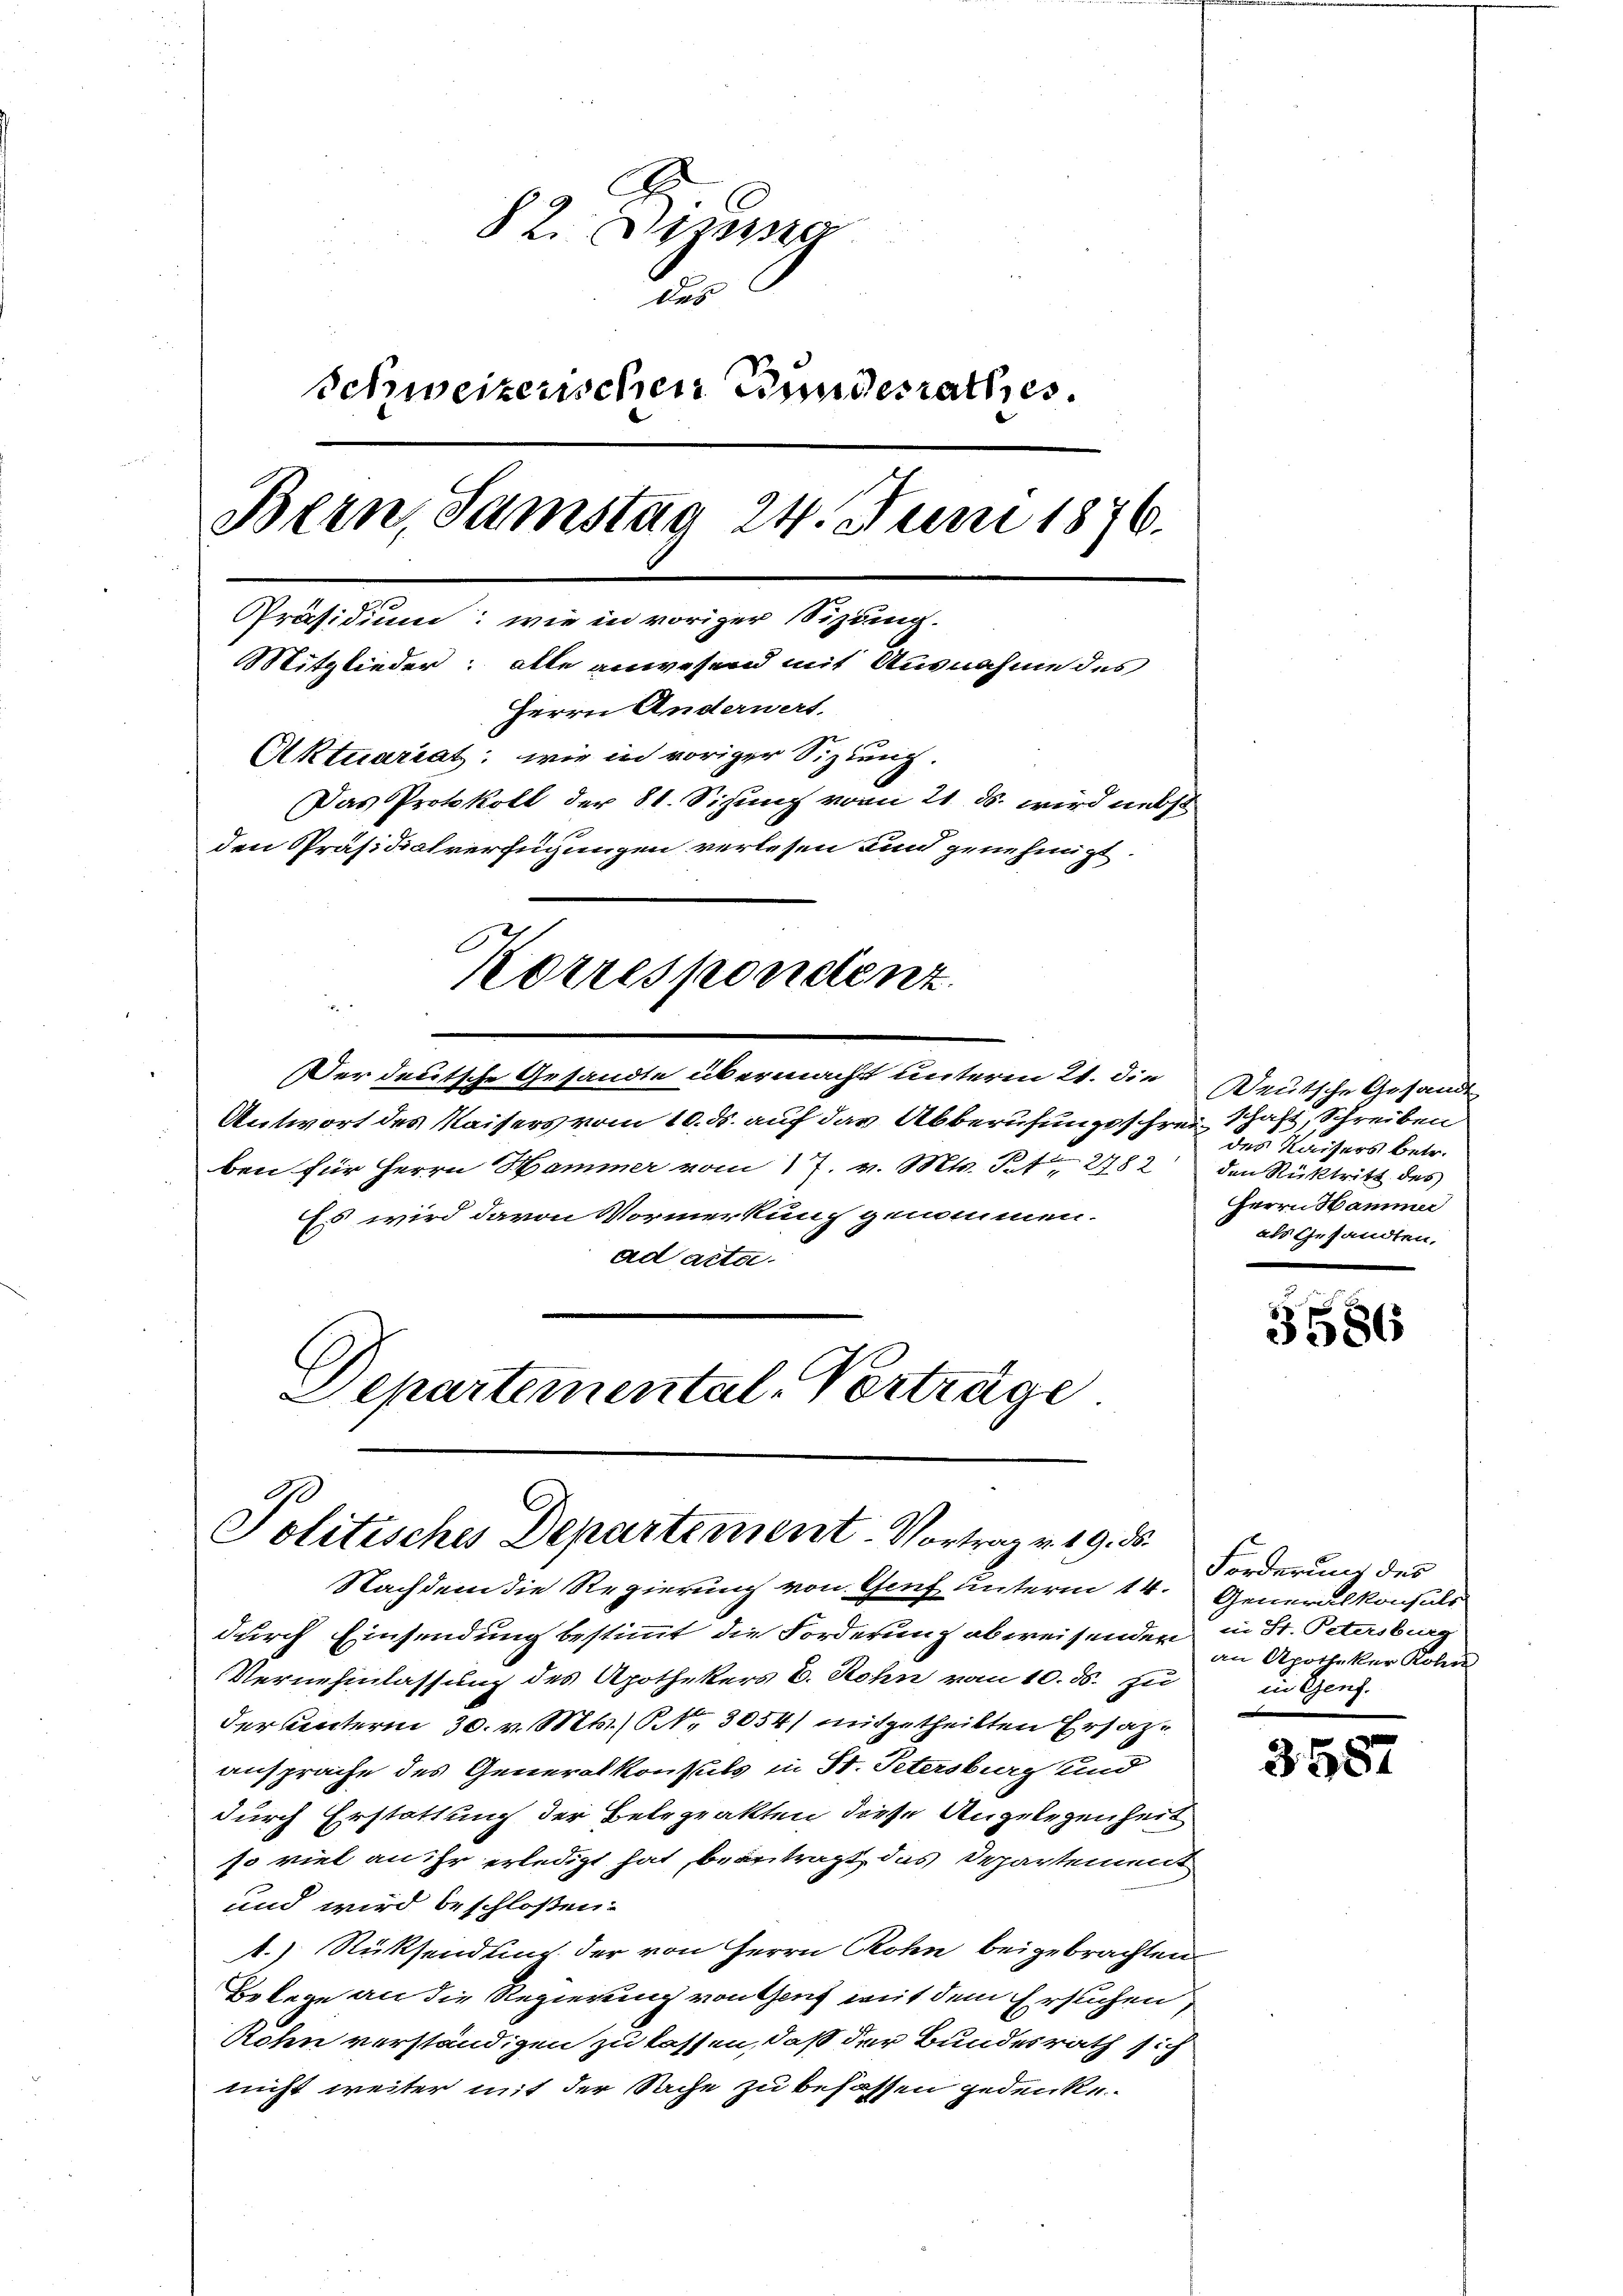
§ 2. Dessa
u
Schweizerischen Bundesrathes.
Bern, Samstag 24. Juni 1876.
Präsidium: wie in voriger Sitzung.
Mitglieder: alle anwesend mit Ausnahme des
Herrn Anderwert.
Aktuariat, wie in voriger Sitzung.
Das Protokoll der 8t. Sichung vom 21. ds. wird nebst
den Präsidialverfügungen verlesen und genehmigt
Korrespondent

Der deutsche Gesandte übermacht unterm 21. die Deutsche Gesande
Antwort des Kaisers vom 10. ds. auf das Abberufungsschrei Schaft, Schreiben
ben für Herrn Hammer vom 17. v. Mts. S. 2482
Es wird davon Vormerkung genommen.
ad acta.
Departemental-Verträge

Politisches Departement-Vortrag v. 19. ds.

des Kaisers betr.
den Rücktritt des
Herrn Hammer
als Gesandten,

Nachdem die Regierung von Genf unterm 14. Generalkonsuls
durch Einsendung bestimmt die Forderung abweisenden in St. Petersburg
Vernehmlassung des Apothekers E. Rohn vom 10. ds. zu
der Unterm 30. v. Mts. Nr. 3054) mitgetheilten Ersatzansprache des Generalkonsuls in St. Petersburg und
durch Erstattung der Betrprakten diese Angelegenheit
so viel an ihr erledigt hat, beantragt, das Departement
und wird beschloßen:
.) Rücksendung der von Herrn Roten beigebrachten
Belege an die Regierung von Genf mit dem Ersuchen,
Rohn verständigen zu lassen, daß der Bundesrath sich
nicht weiter mit der Sache zu befassen gedenke.

3586

Forderung des
an Apotheker Rohre
in Genf.

3587